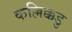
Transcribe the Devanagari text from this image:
कल्लिक्कडु